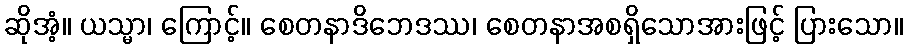
ဆိုအံ့။ ယသ္မာ၊ ကြောင့်။ စေတနာဒိဘေဒဿ၊ စေတနာအစရှိသောအားဖြင့် ပြားသော။